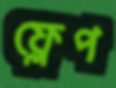
ফ্লেপ